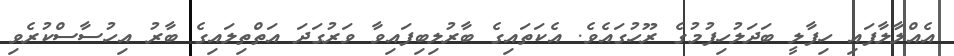
އެއްލާލާފައި ހިފާލީ ބަދަލުހިފުމުގެ ރޫހުގައެވެ. އެކަތައިގެ ބާރުލިބިފައިވާ ވަރުގަދަ އަތްތިލައިގެ ބާރު އިހުސާސްކުރެވި